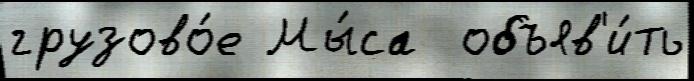
грузово́е Мы́са  объяв'и́ть